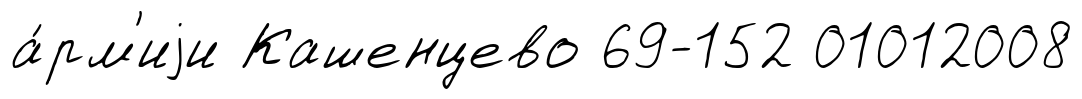
а́рм'иjи Кашенцево 69-152 01012008